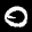
Label: 0